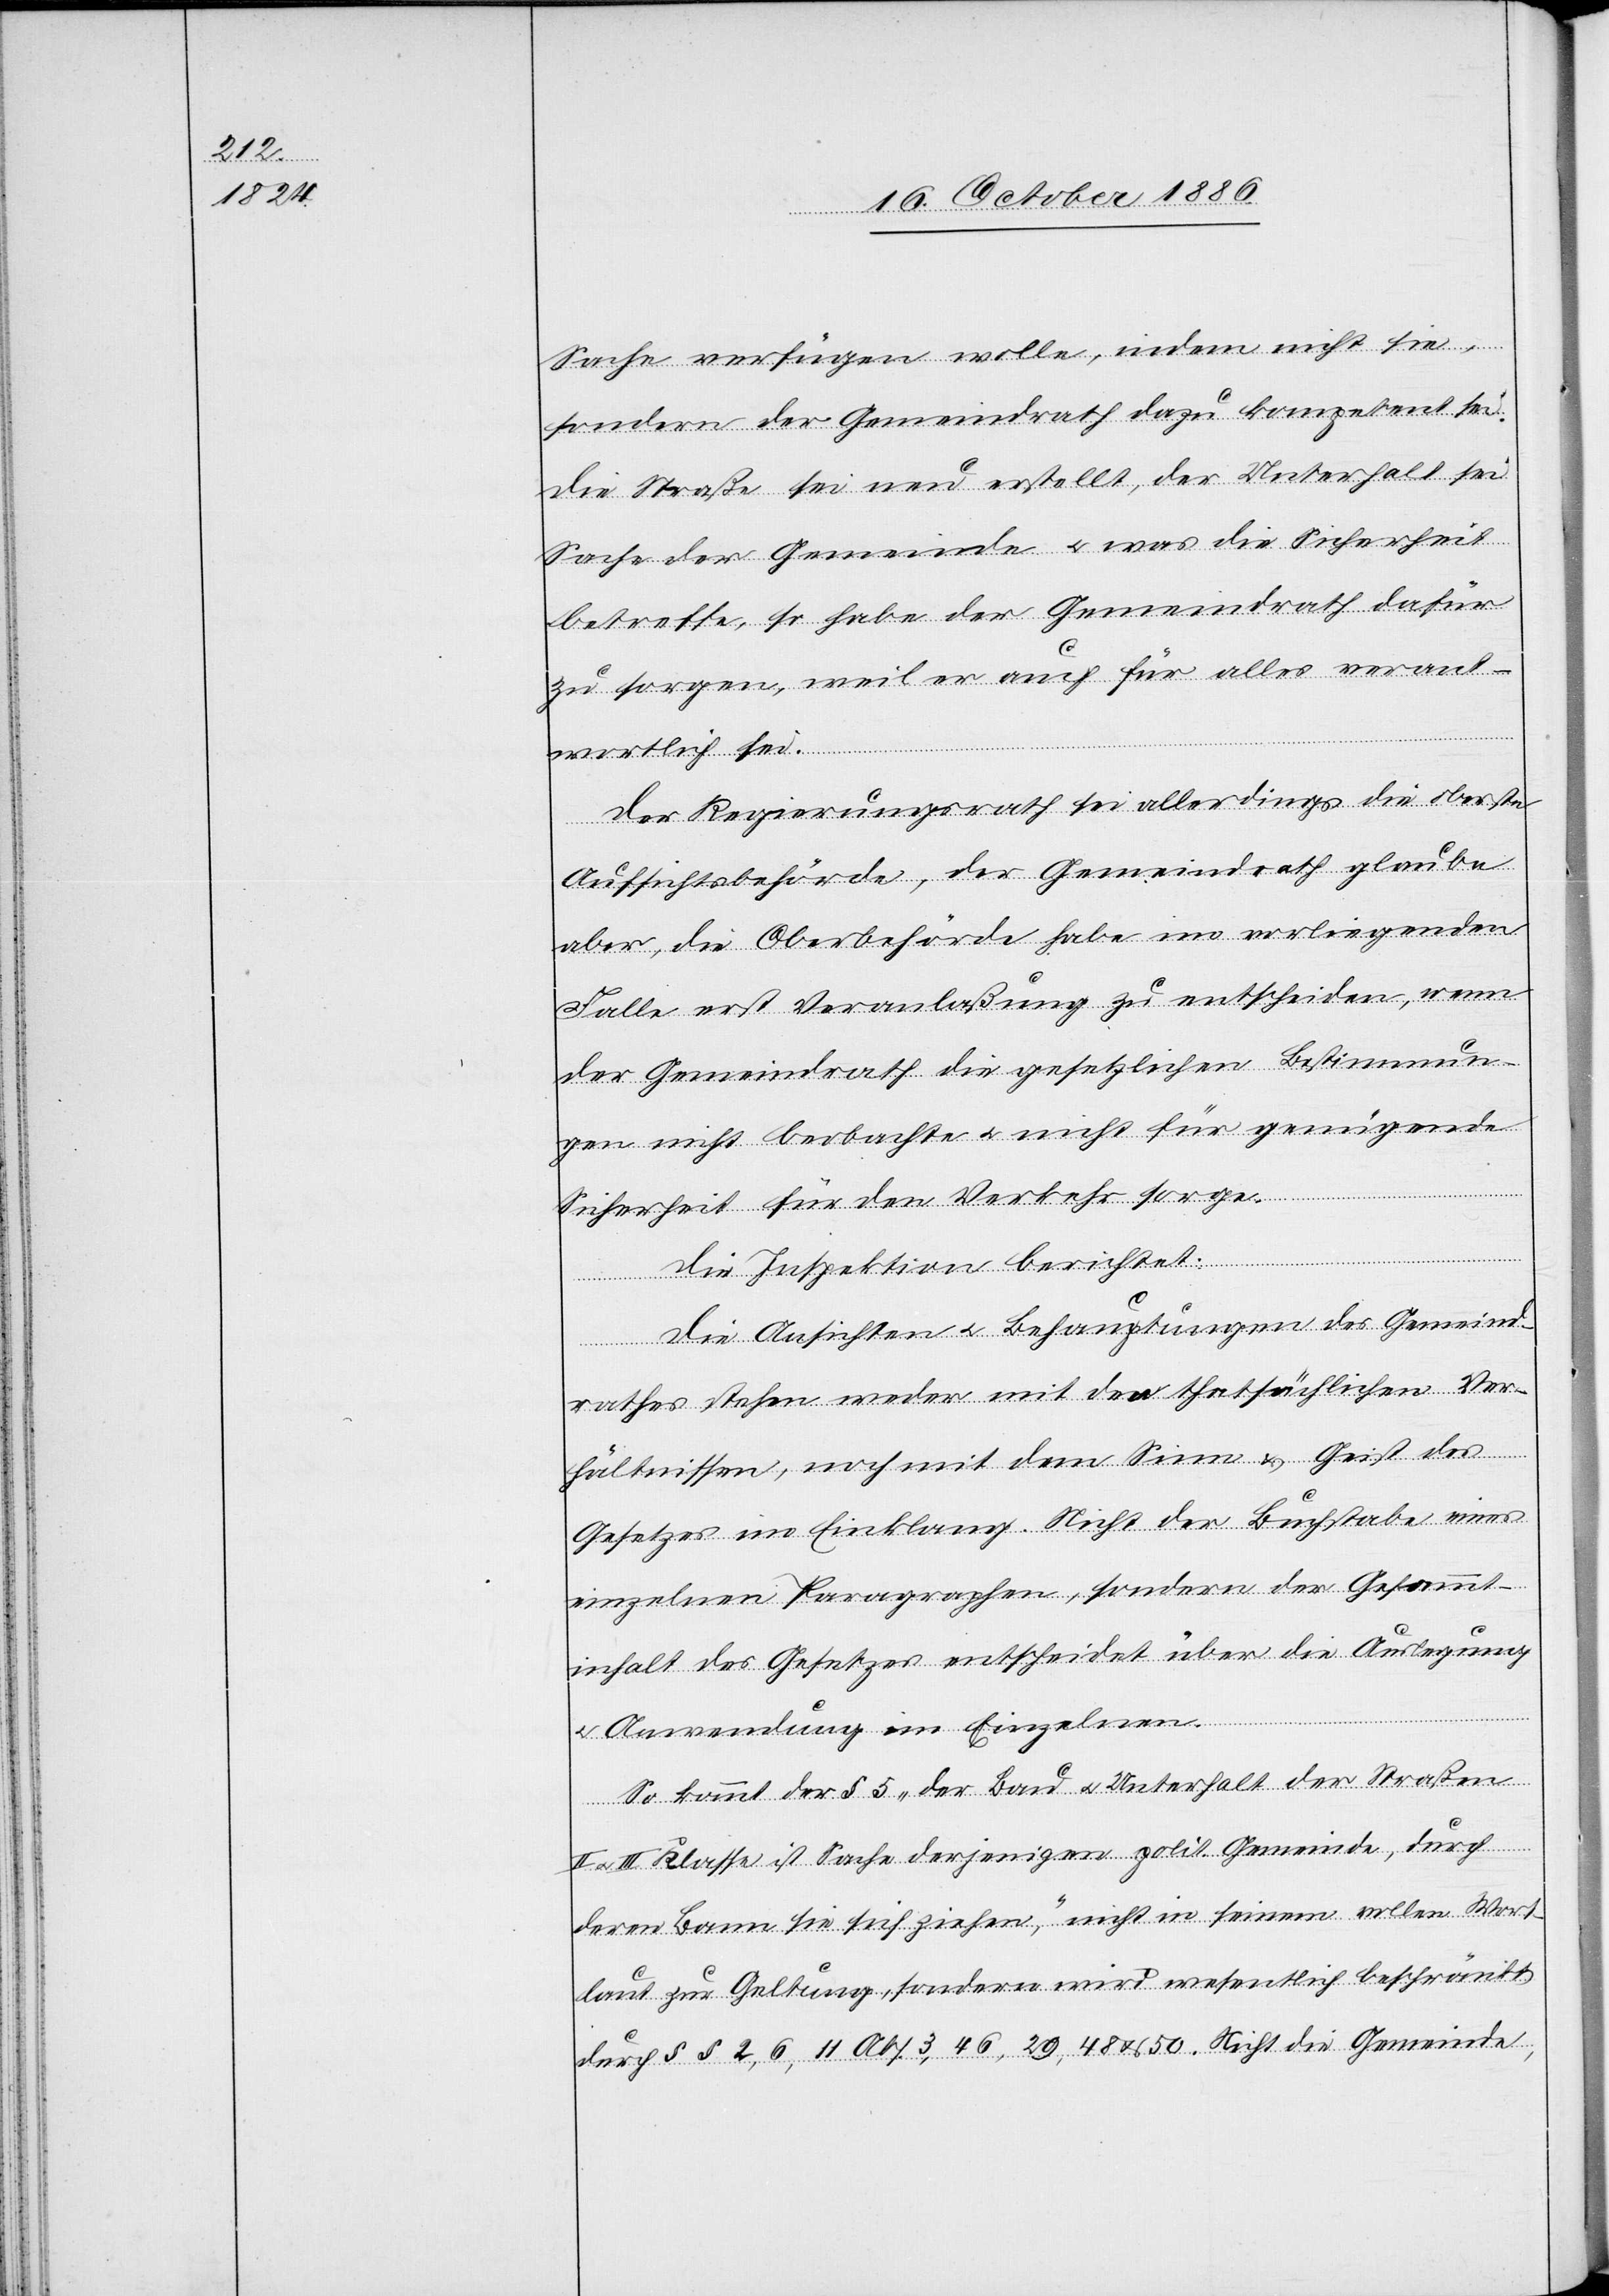
Sache verfügen wolle, indem nicht sie,
sondern der Gemeindrath dazu kompetent sei.
Die Straße sei neu erstellt, der Unterhalt sei
Sache der Gemeinde & was die Sicherheit
betreffe, so habe der Gemeindrath dafür
zu sorgen, weil er auch für alles verant¬
wortlich sei.
Der Regierungsrath sei allerdings die oberste
Aufsichtsbehörde, der Gemeindrath glaube
aber, die Oberbehörde habe im vorliegenden
Falle erst Veranlaßung zu entscheiden, wenn
der Gemeindrath die gesetzlichen Bestimmun¬
gen nicht beobachte & nicht für genügende
Sicherheit für den Verkehr sorge.
Die Inspektion berichtet:
Die Ansichten & Behauptungen des Gemeind¬
rathes stehen weder mit den thatsächlichen Ver¬
hältnissen, noch mit dem Sinn & Geist des
Gesetzes im Einklang. Nicht der Buchstabe eines
einzelnen Paragraphen, sondern der Gesammt¬
inhalt des Gesetzes entscheidet über die Auslegung
& Anwendung im Einzelnen.
So kommt der § 5 „der Bau & Unterhalt der Straßen
II & III Klasse ist Sache derjenigen polit. Gemeinde, durch
deren Bann sie sich ziehen“, nicht in seinem vollen Wort¬
laut zur Geltung, sondern wird wesentlich beschränkt
durch §§ 2, 6, 11 Abs. 3, 46, 29, 48 & 50. Nicht die Gemeinde,